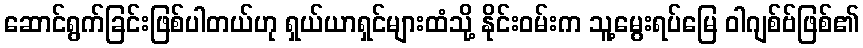
ဆောင်ရွက်ခြင်းဖြစ်ပါတယ်ဟု ရှယ်ယာရှင်များထံသို့ နိုင်းဝမ်းက သူ့မွေးရပ်မြေ ဝါဂျစ်ဗ်ဖြစ်၏